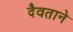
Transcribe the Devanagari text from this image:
दैवताने